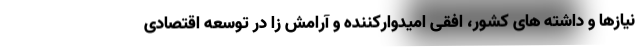
نیازها و داشته های کشور، افقی امیدوارکننده و آرامش زا در توسعه اقتصادی